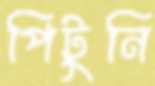
পিটুনি